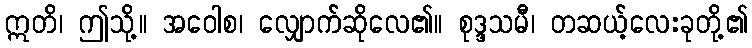
ဣတိ၊ ဤသို့။ အဝေါစ၊ လျှောက်ဆိုလေ၏။ စုဒ္ဒသမီ၊ တဆယ့်လေးခုတို့၏